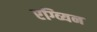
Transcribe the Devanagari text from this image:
एग्व्यिन